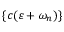
\{ c ( \varepsilon + \omega _ { n } ) \}